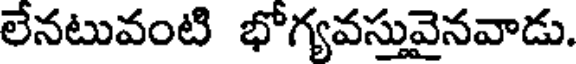
లేనటువంటి భోగ్యవస్తువైనవాడు.